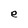
Character: e